Riigikantselei, lk 8
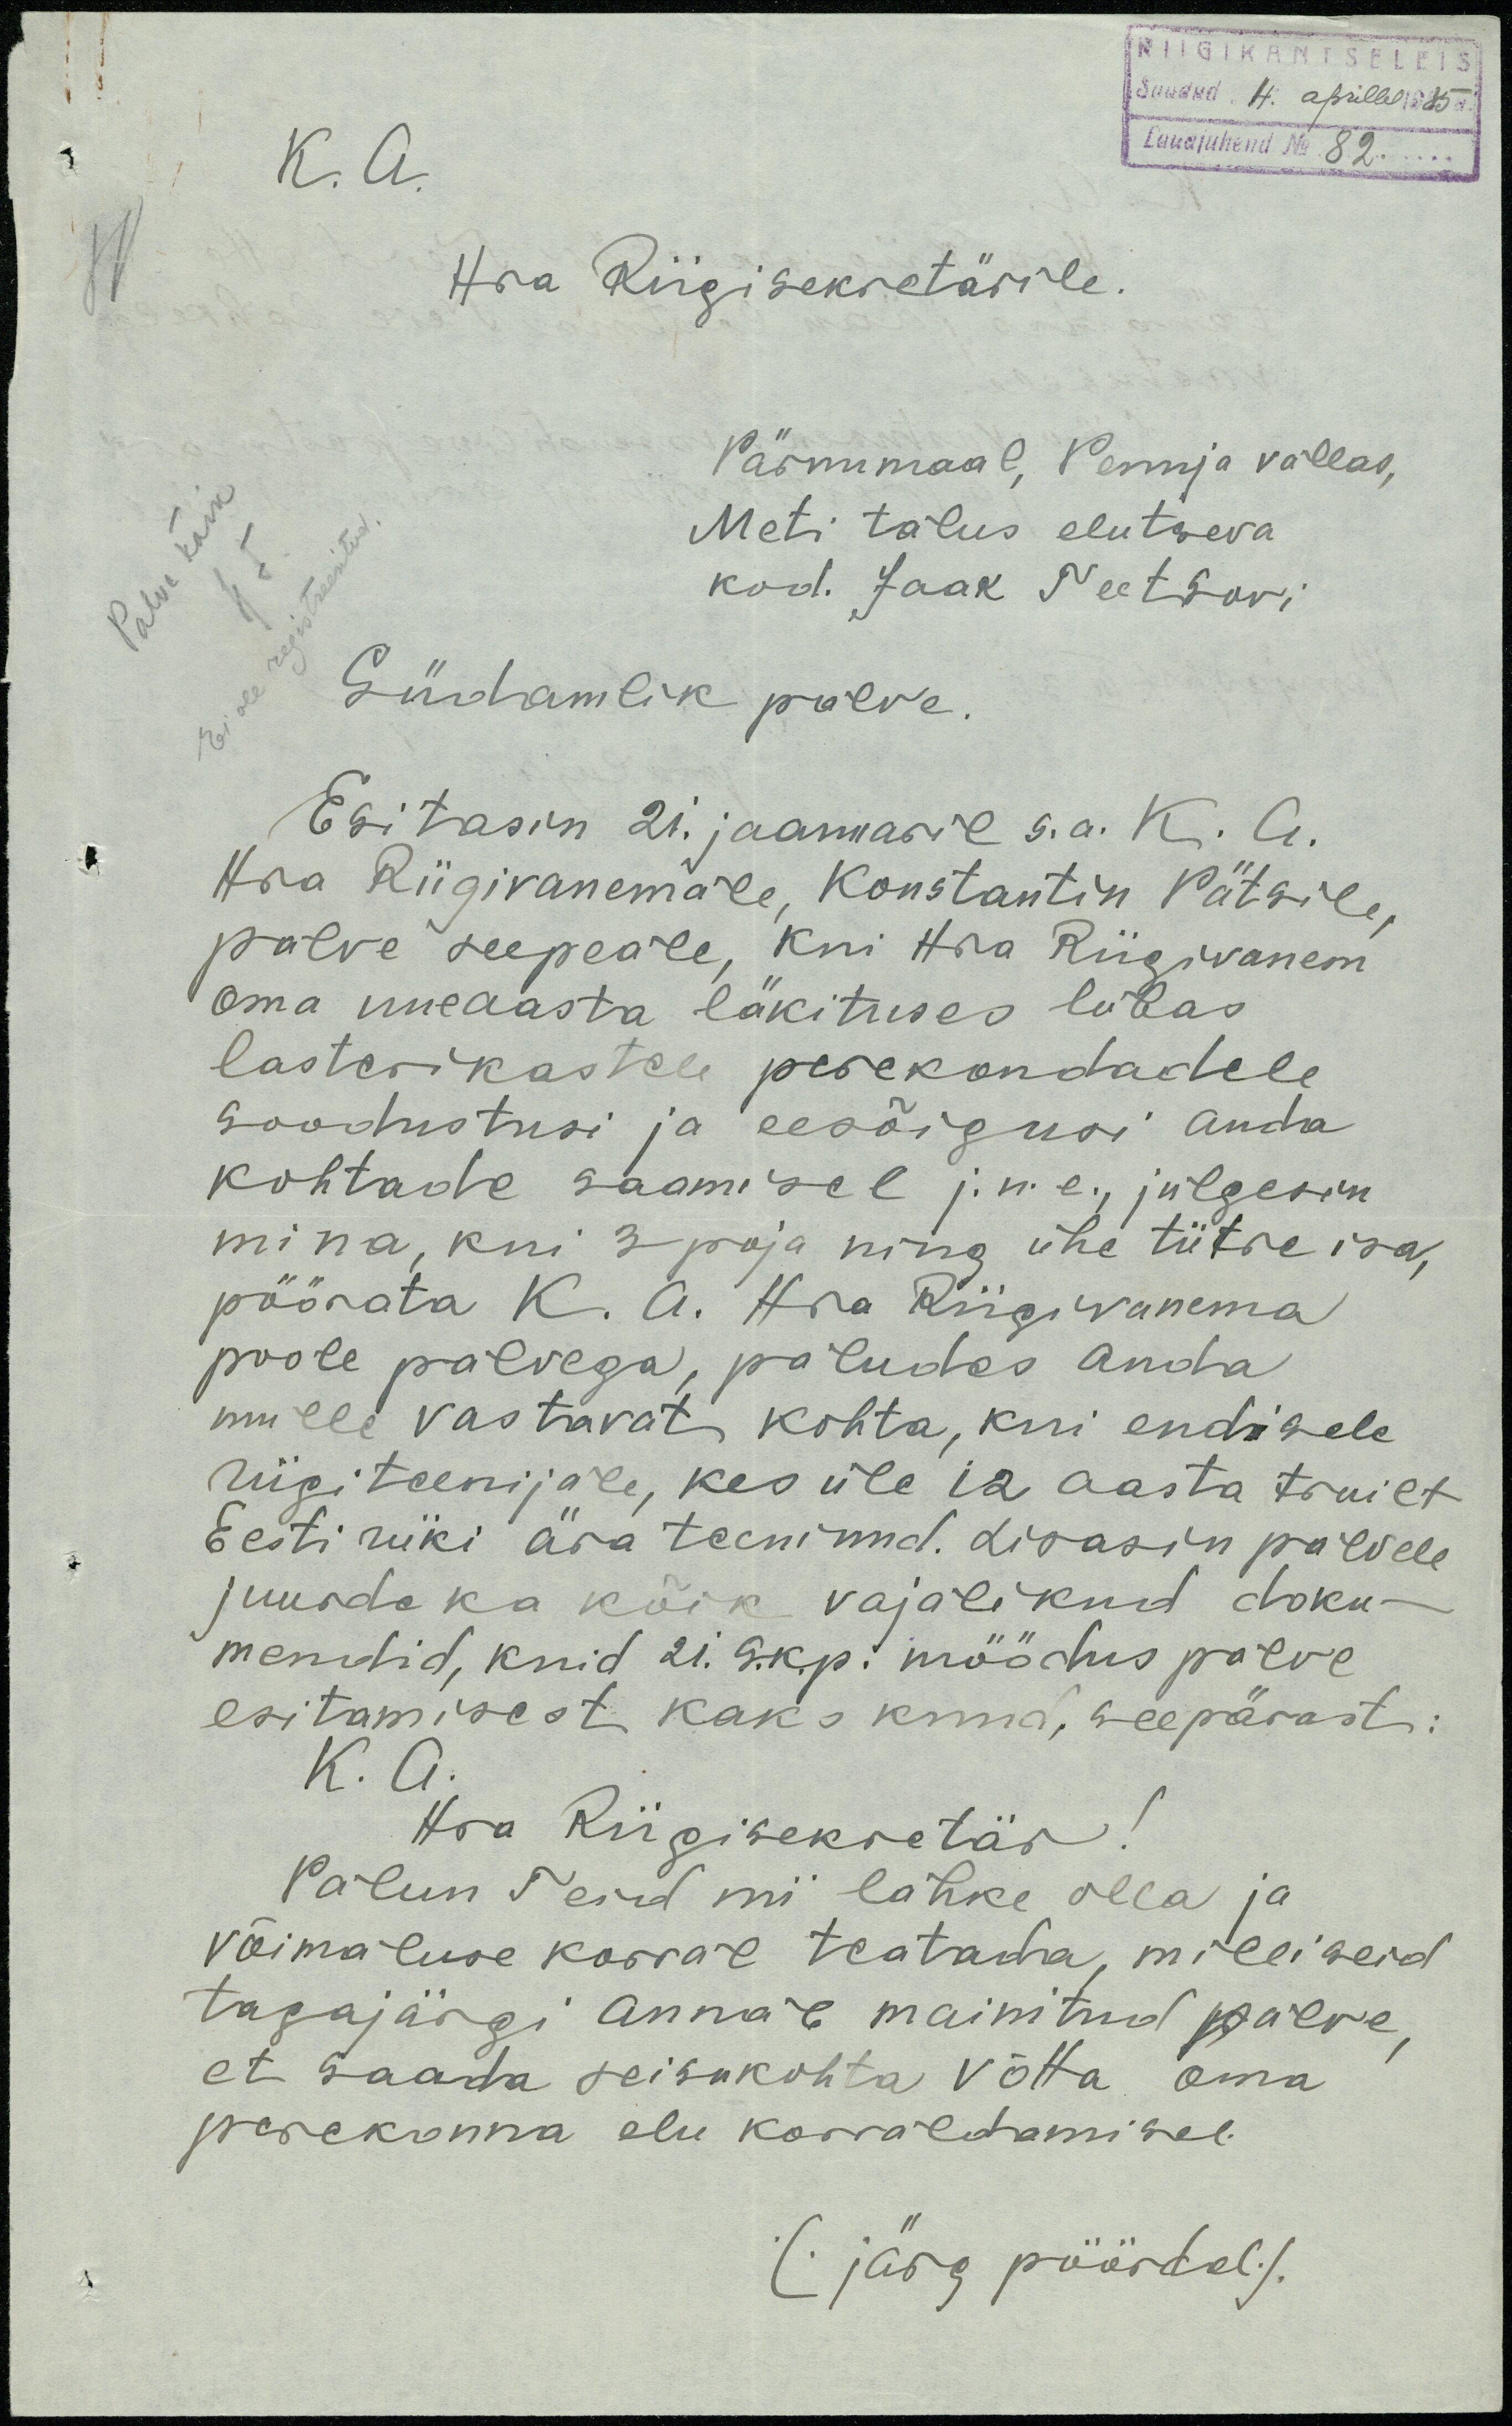
RIIGIKANTSELEIS
Saadud "4." aprillil 1935 a.
Lauajuhend N 82.
K. A.
Hra Riigisekretärile.
Palve käik
H. F.
Ei ole registreeritud
Pärnumaal, Penuja vallas,
Meti talus elutseva
kod. Jaak Teetsovi
Südamlik palve.
Esitasin 21. jaanuaril s.a. K. A.
Hra Riigivanemale, Konstantin Pätsile,
palve seepeale, kui Hra Riigivanem,
oma uueaasta läkituses lubas
lasterikastele perekondadele
soodustusi ja eesõigusi anda
kohtade saamisel j.n.e., julgesin
mina, kui 3 poja ning ühe tütre isa,
pöörata K. A. Hra Riigivanema
poole palvega, paludes anda
mulle vastavat kohta, kui endisele
riigi teenijale, kes üle 12 aasta truilt
Eesti riiki ära teeninud. Lisasin palvele
juurde ka kõik vajalikud doku-
mendid, kuid 21. s.k.p. möödus palve
esitamisest kaks kuud, seepärast:
K. A.
Hra Riigisekretär!
Palun Teid nii lahke olla ja
võimaluse korral teatada, milliseid
tagajärgi annab mainitud palve,
et saada seisukohta võtta oma
perekonna elu korraldamisel.
(järg pöördel)